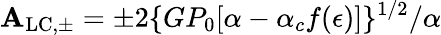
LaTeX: \mathbf{A}_{\mathrm{{LC,\pm}}}=\pm2\{ GP_{0}[\alpha-\alpha_{c}f(\epsilon)]\} ^{1/2}/\alpha